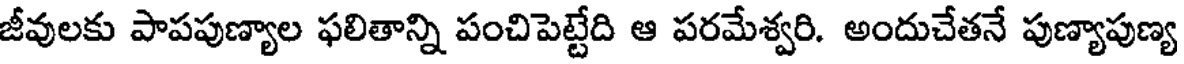
జీవులకు పాపపుణ్యాల ఫలితాన్ని పంచిపెట్టేది ఆ పరమేశ్వరి. అందుచేతనే పుణ్యాపుణ్య